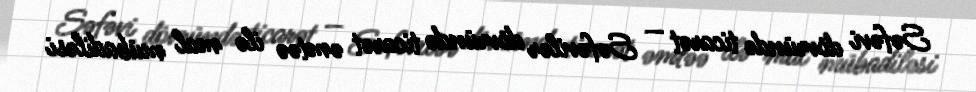
Səfəvi dövründə ticarət — Səfəvilər dövründə ticarət əmtəə ilə mal mübadiləsi